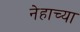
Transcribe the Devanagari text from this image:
नेहाच्या